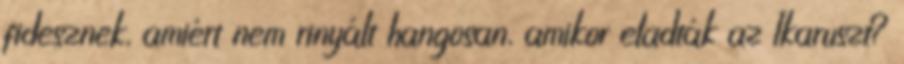
fidesznek, amiért nem rinyált hangosan, amikor eladták az Ikaruszt?